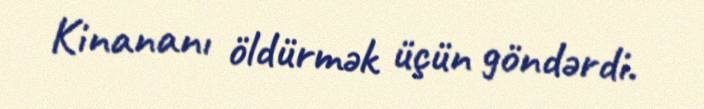
Kinananı öldürmək üçün göndərdi.